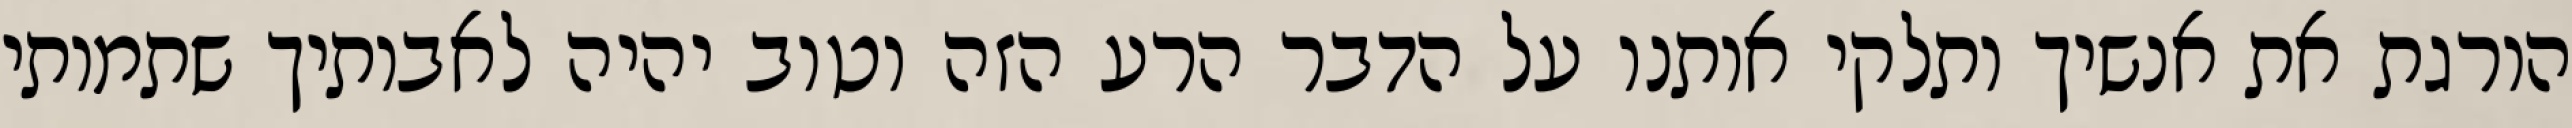
הורגת את אנשיך ותלקי אותנו על הדבר הרע הזה וטוב יהיה לאבותיך שתמותי